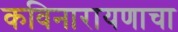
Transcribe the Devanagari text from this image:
कविनारायणाचा